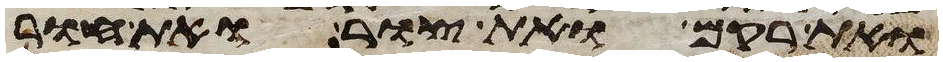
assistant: ואת רקם ואת צור ואת חור